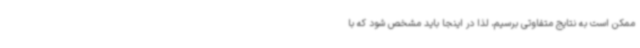
ممکن است به نتایج متفاوتی برسیم، لذا در اینجا باید مشخص شود که با